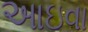
આઇવા